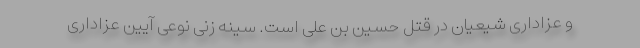
و عزاداری شیعیان در قتل حسین بن علی است. سینه‌ زنی نوعی آیین عزاداری